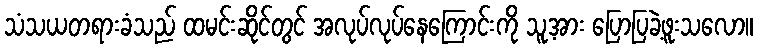
သံသယတရားခံသည် ထမင်းဆိုင်တွင် အလုပ်လုပ်နေကြောင်းကို သူ့အား ပြောပြခဲ့ဖူးသလော။